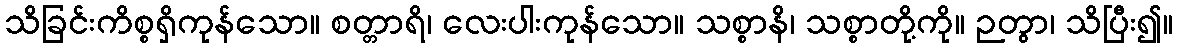
သိခြင်းကိစ္စရှိကုန်သော။ စတ္တာရိ၊ လေးပါးကုန်သော။ သစ္စာနိ၊ သစ္စာတို့ကို။ ဉတွာ၊ သိပြီး၍။